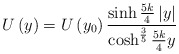
\begin{align*}U\left(y\right) = U\left(y_0\right) \frac{\sinh\frac{5k}{4}\left|y\right|} {\cosh^{\frac{3}{5}}\frac{5k}{4} y}\end{align*}